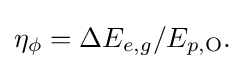
{\begin{aligned}\eta _{\phi }=\Delta E_{e,g}/E_{p,\mathrm {O} }.\end{aligned}}